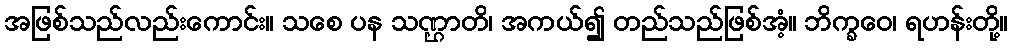
အဖြစ်သည်လည်းကောင်း။ သစေ ပန သဏ္ဌာတိ၊ အကယ်၍ တည်သည်ဖြစ်အံ့။ ဘိက္ခဝေ၊ ရဟန်းတို့။